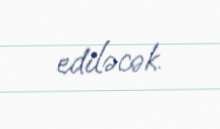
ediləcək.